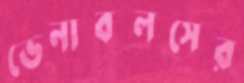
ভেনাবলসের